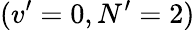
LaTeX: (v^{\prime}=0,N^{\prime}=2)